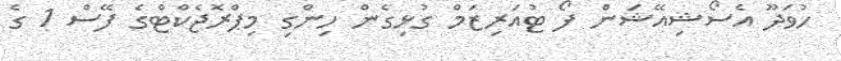
ހުވަދޫ އެސޯޝިއޭޝަން ފޯ ޓުއަރިޒަމް ގުޅިގެން ހިންގި މިޕްރޮޖެކްޓްގެ ފޭސް 1 ގެ